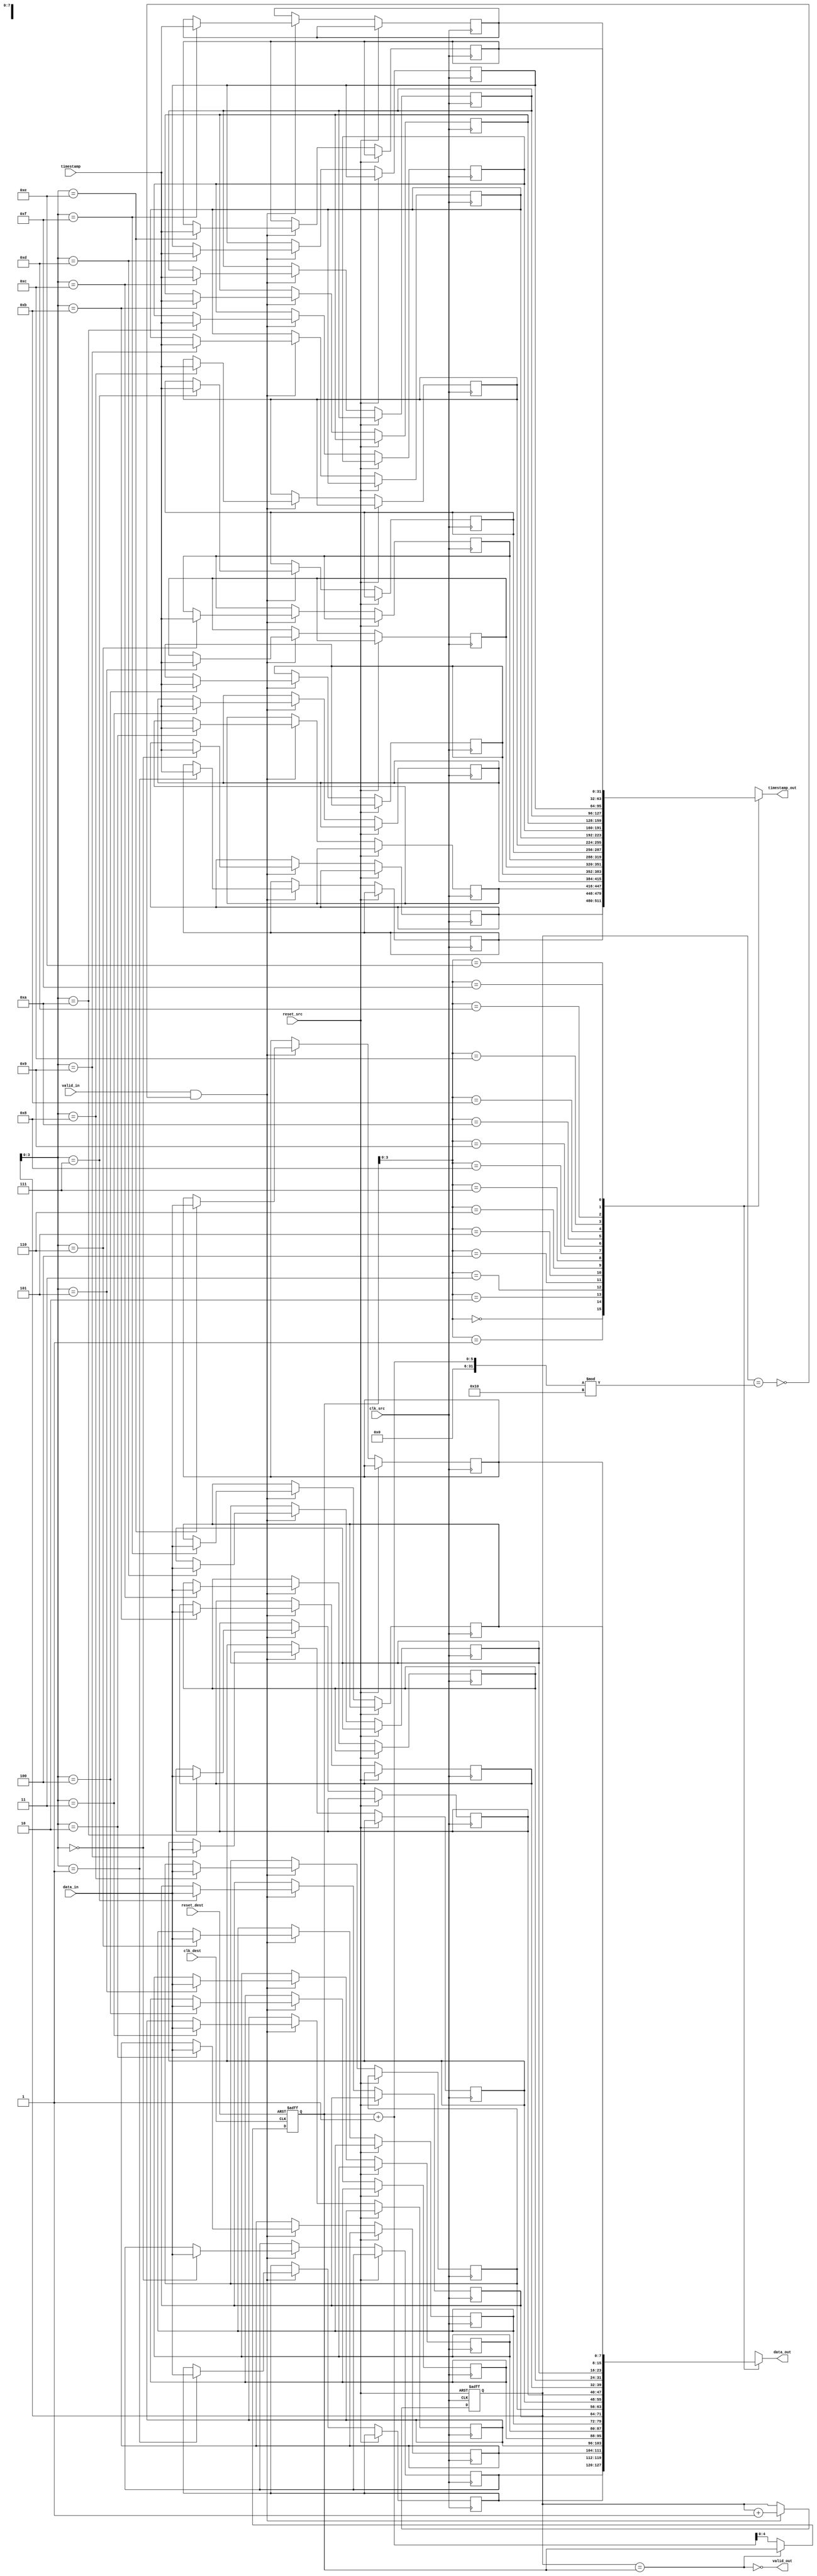
module TimeStampedSynchronizer #(
    parameter DATA_WIDTH = 8,
    parameter TIMESTAMP_WIDTH = 32,
    parameter FIFO_DEPTH = 16 // Size of the FIFO
)(
    input wire clk_src,
    input wire clk_dest,
    input wire reset_src,
    input wire reset_dest,
    input wire [DATA_WIDTH-1:0] data_in,
    input wire [TIMESTAMP_WIDTH-1:0] timestamp,
    input wire valid_in,
    output wire [DATA_WIDTH-1:0] data_out,
    output wire [TIMESTAMP_WIDTH-1:0] timestamp_out,
    output wire valid_out
);

// Internal signals for FIFO
wire fifo_full;
wire fifo_empty;
wire write_enable;
wire read_enable;

// FIFO instantiation
reg [DATA_WIDTH-1:0] fifo_data [0:FIFO_DEPTH-1];
reg [TIMESTAMP_WIDTH-1:0] fifo_timestamp [0:FIFO_DEPTH-1];
reg [4:0] write_pointer = 0; // 5 bits for depth of 16
reg [4:0] read_pointer = 0;

// Write Control Logic
always @(posedge clk_src or posedge reset_src) begin
    if (reset_src) begin
        write_pointer <= 0;
    end else if (valid_in && !fifo_full) begin
        fifo_data[write_pointer] <= data_in;
        fifo_timestamp[write_pointer] <= timestamp;
        write_pointer <= write_pointer + 1;
    end
end

// Read Control Logic
assign read_enable = !fifo_empty;
always @(posedge clk_dest or posedge reset_dest) begin
    if (reset_dest) begin
        read_pointer <= 0;
    end else if (read_enable) begin
        read_pointer <= read_pointer + 1;
    end
end

// Output assignment
assign valid_out = !fifo_empty;
assign data_out = fifo_data[read_pointer];
assign timestamp_out = fifo_timestamp[read_pointer];

// FIFO Status Monitoring
assign fifo_full = (write_pointer == (read_pointer + 1) % FIFO_DEPTH);
assign fifo_empty = (write_pointer == read_pointer);

// FIFO synchronization for valid signal
reg valid_in_sync;
reg valid_in_sync_d;

always @(posedge clk_dest or posedge reset_dest) begin
    if (reset_dest) begin
        valid_in_sync <= 0;
        valid_in_sync_d <= 0;
    end else begin
        valid_in_sync <= valid_in;
        valid_in_sync_d <= valid_in_sync;
    end
end

endmodule